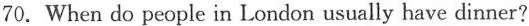
70. When do people in London usually have dinner?